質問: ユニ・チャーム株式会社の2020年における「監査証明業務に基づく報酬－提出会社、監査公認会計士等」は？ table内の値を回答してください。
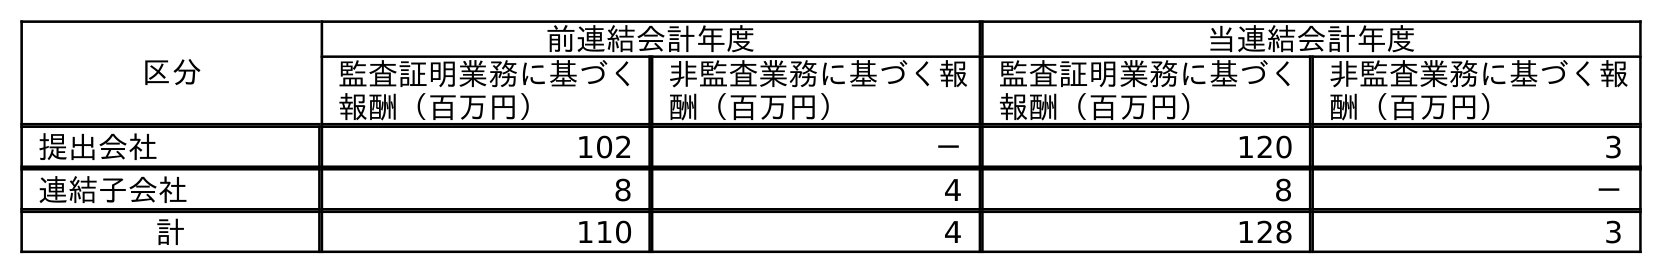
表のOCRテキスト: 区分 前連結会計年度 当連結会計年度 監査証明業務に基づく 報酬（百万円） 非監査業務に基づく報 酬（百万円） 監査証明業務に基づく 報酬（百万円） 非監査業務に基づく報 酬（百万円） 提出会社 102 － 120 3 連結子会社 8 4 8 － 計 110 4 128 3
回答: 120